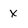
Character: x